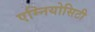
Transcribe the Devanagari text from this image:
एम्नियोसिटी